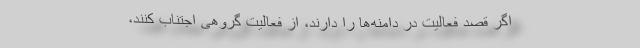
اگر قصد فعالیت در دامنه‌ها را دارند، از فعالیت گروهی اجتناب کنند،